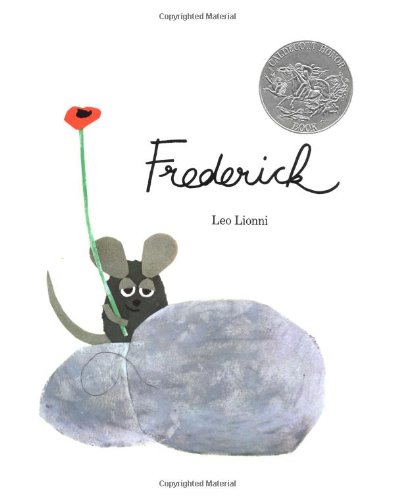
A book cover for Frederick; Leo Lionni; Children's Books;